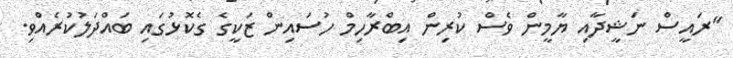
"ރައީސް ނަޝީދާއި ޔާމީން ވެސް ކުރިން އިބްރާހިމް ހުސައިން ޒަކީގެ ގެކޮޅުގައި ބައްދަލުކުރެއްވި.